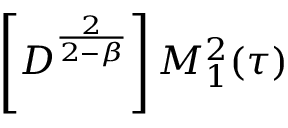
\left[ D ^ { \frac { 2 } { 2 - \beta } } \right] M _ { 1 } ^ { 2 } ( \tau )